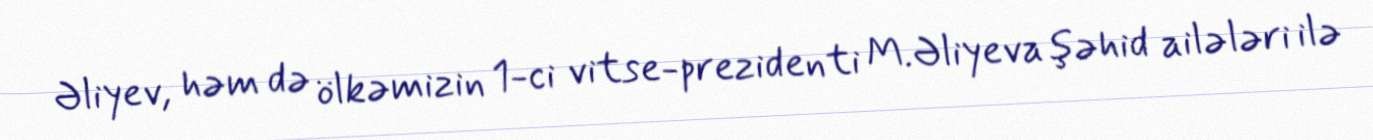
Əliyev, həm də ölkəmizin 1-ci vitse-prezidenti M.Əliyeva şəhid ailələri ilə